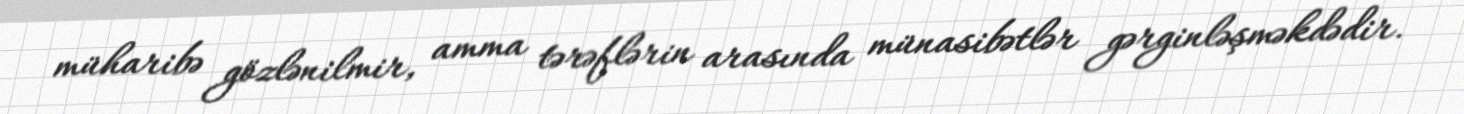
müharibə gözlənilmir, amma tərəflərin arasında münasibətlər gərginləşməkdədir.